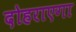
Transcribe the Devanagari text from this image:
दोहराएगा